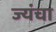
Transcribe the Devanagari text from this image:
ज्यंचा